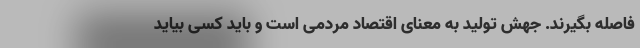
فاصله بگیرند. جهش تولید به معنای اقتصاد مردمی است و باید کسی بیاید